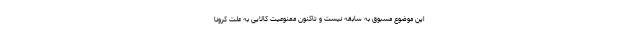
این موضوع مسبوق به سابقه نیست و تاکنون ممنوعیت کالایی به علت کرونا